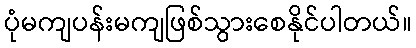
ပုံမကျပန်းမကျဖြစ်သွားစေနိုင်ပါတယ်။